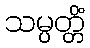
သမ္ပတ္တိံ